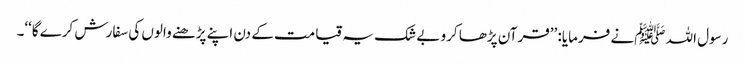
رسول اللہ ﷺنے فرمایا: ’’قرآن پڑھا کرو بے شک یہ قیامت کے دن اپنے پڑھنے والوں کی سفارش کرے گا‘‘۔